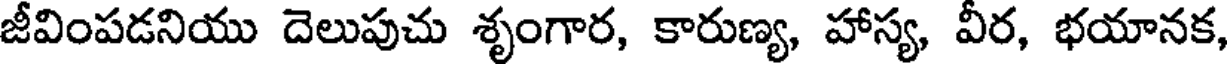
జీవింపడనియు దెలుపుచు శృంగార, కారుణ్య, హాస్య, వీర, భయానక,